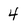
Character: 4